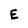
Character: E